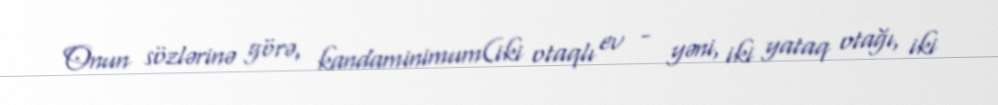
Onun sözlərinə görə, kandaminimum(iki otaqlı ev - yəni, iki yataq otağı, iki